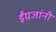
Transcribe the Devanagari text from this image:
ईंग्रजांनी